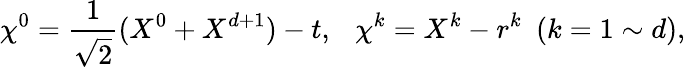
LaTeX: \chi^{0}=\frac{1}{\sqrt{2}}(X^{0}+X^{d+1})-t,~~~\chi^{k}=X^{k}-r^{k}~~(k=1\sim d),